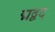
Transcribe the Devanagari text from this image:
द्मद्वद